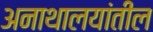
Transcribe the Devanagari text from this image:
अनाथालयांतील